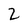
Character: 2